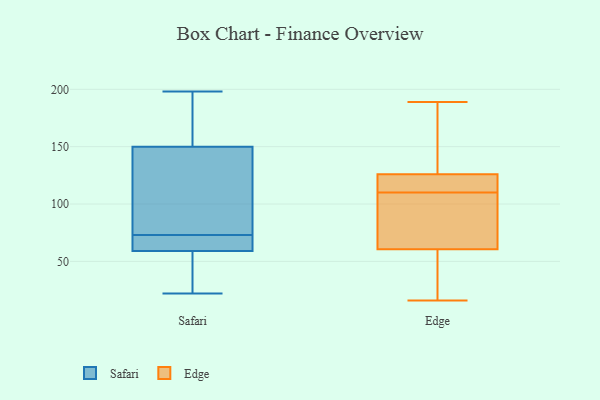
{"axis": {"x": "Tickets Resolved", "y": "Value"}, "legend": ["Edge", "Safari"], "data": [{"x": "", "y": 100, "type": "Safari"}, {"x": "", "y": 182, "type": "Safari"}, {"x": "", "y": 73, "type": "Safari"}, {"x": "", "y": 188, "type": "Safari"}, {"x": "", "y": 59, "type": "Safari"}, {"x": "", "y": 70, "type": "Safari"}, {"x": "", "y": 73, "type": "Safari"}, {"x": "", "y": 148, "type": "Safari"}, {"x": "", "y": 41, "type": "Safari"}, {"x": "", "y": 198, "type": "Safari"}, {"x": "", "y": 56, "type": "Safari"}, {"x": "", "y": 22, "type": "Safari"}, {"x": "", "y": 150, "type": "Safari"}, {"x": "", "y": 64, "type": "Safari"}, {"x": "", "y": 80, "type": "Edge"}, {"x": "", "y": 109, "type": "Edge"}, {"x": "", "y": 139, "type": "Edge"}, {"x": "", "y": 31, "type": "Edge"}, {"x": "", "y": 80, "type": "Edge"}, {"x": "", "y": 64, "type": "Edge"}, {"x": "", "y": 117, "type": "Edge"}, {"x": "", "y": 189, "type": "Edge"}, {"x": "", "y": 16, "type": "Edge"}, {"x": "", "y": 115, "type": "Edge"}, {"x": "", "y": 165, "type": "Edge"}, {"x": "", "y": 135, "type": "Edge"}, {"x": "", "y": 111, "type": "Edge"}, {"x": "", "y": 57, "type": "Edge"}, {"x": "", "y": 38, "type": "Edge"}, {"x": "", "y": 115, "type": "Edge"}]}